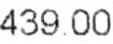
439.00